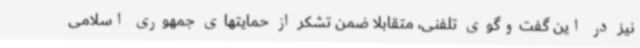
نیز در این گفت‌وگوی تلفنی، متقابلا ضمن تشکر از حمایتهای جمهوری اسلامی